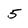
Character: 5